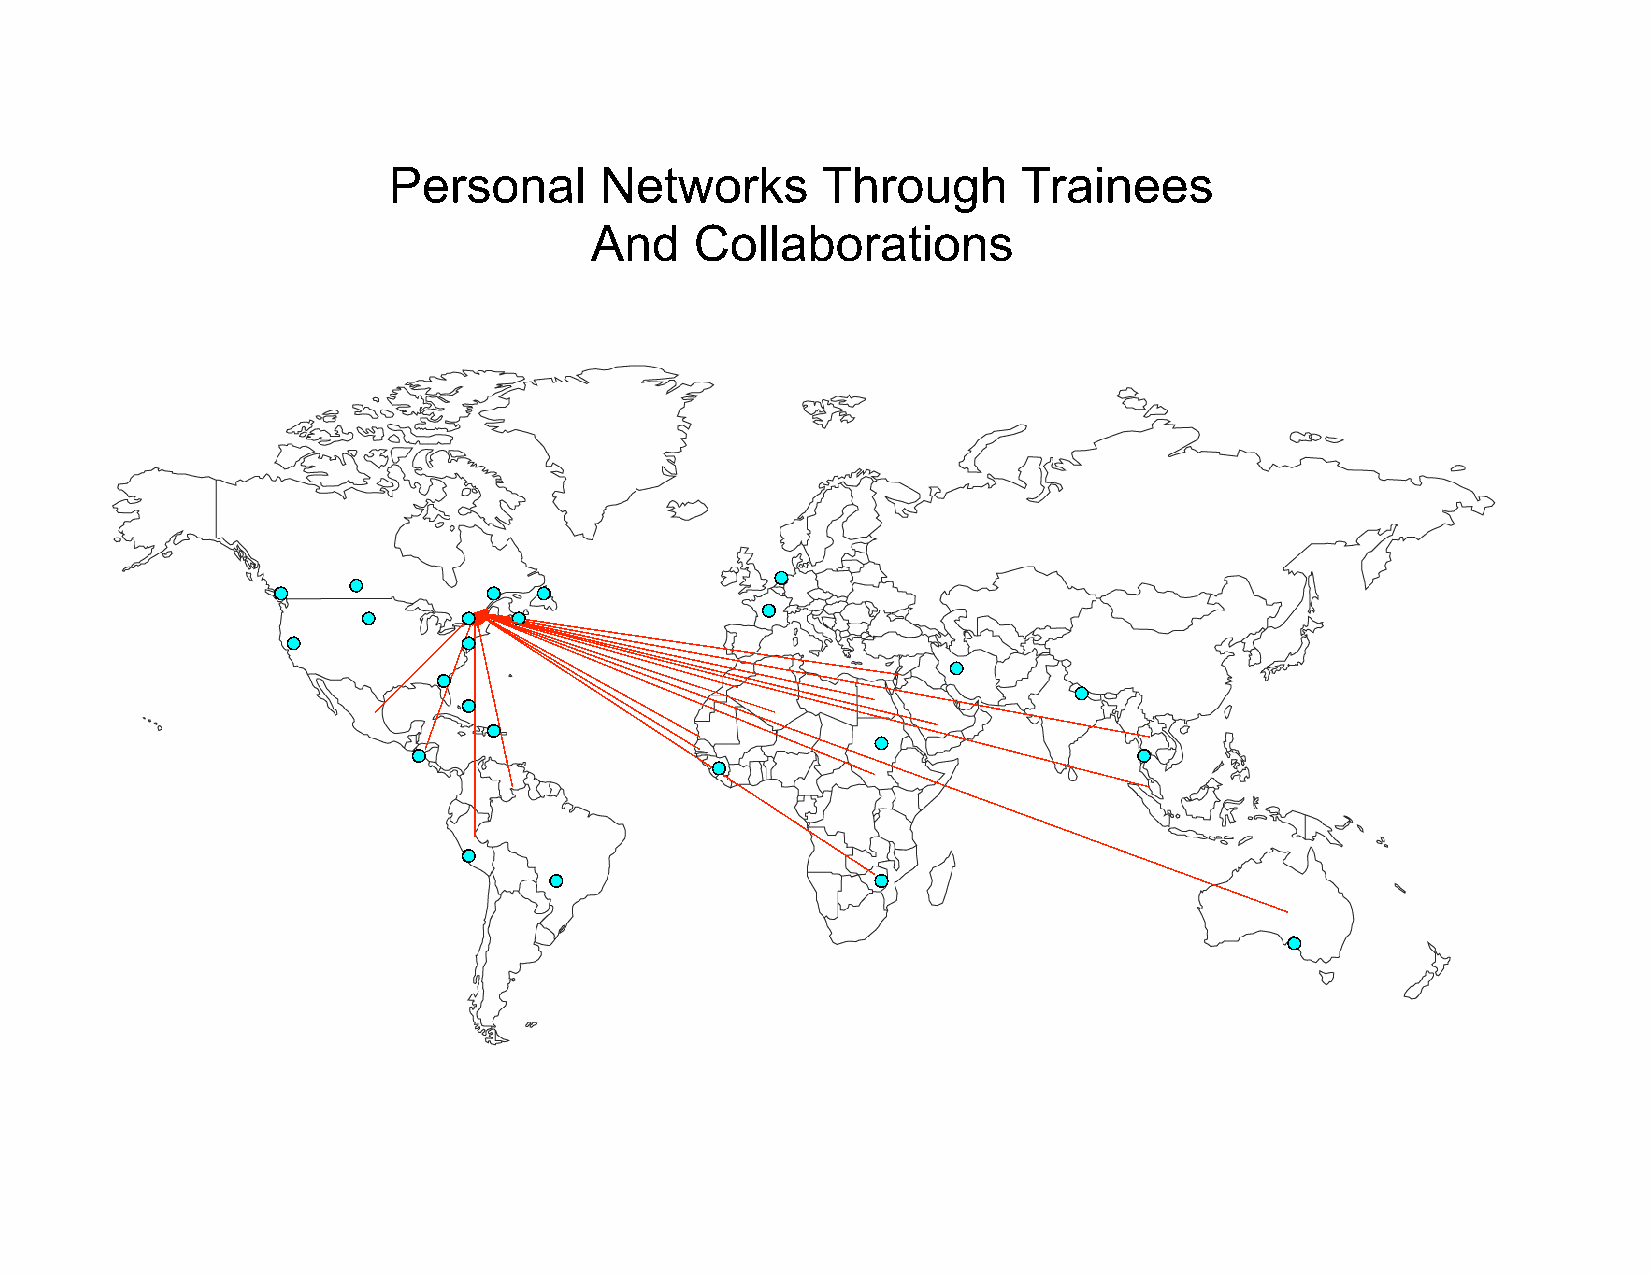
Personal      Networks      Through       Trainees
 And    Collaborations